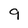
Character: 9